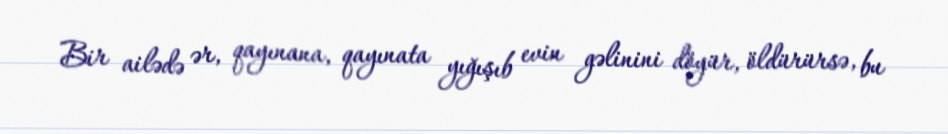
Bir ailədə ər, qayınana, qayınata yığışıb evin gəlinini döyür, öldürürsə, bu